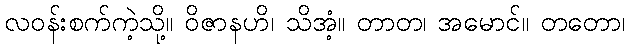
လဝန်းစက်ကဲ့သို့။ ဝိဇာနဟိ၊ သိအံ့။ တာတ၊ အမောင်။ တတော၊